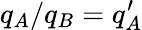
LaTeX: q_{A}/q_{B}=q_{A}^{\prime}